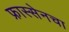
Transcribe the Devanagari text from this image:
फ्रास्सेनचा